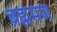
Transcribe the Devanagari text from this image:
ब्रह्ममण